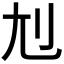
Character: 𡯇